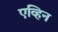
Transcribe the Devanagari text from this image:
एव्हिन